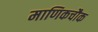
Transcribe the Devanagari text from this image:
माणिकचौक